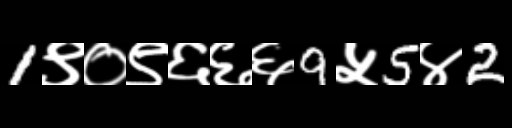
Text: 1९०९६६६9५5४2